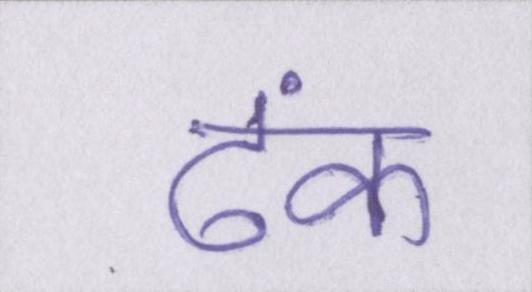
ढंक